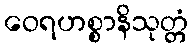
ဝေရဟစ္စာနိသုတ္တံ